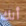
أنك